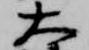
大